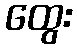
ထွေး